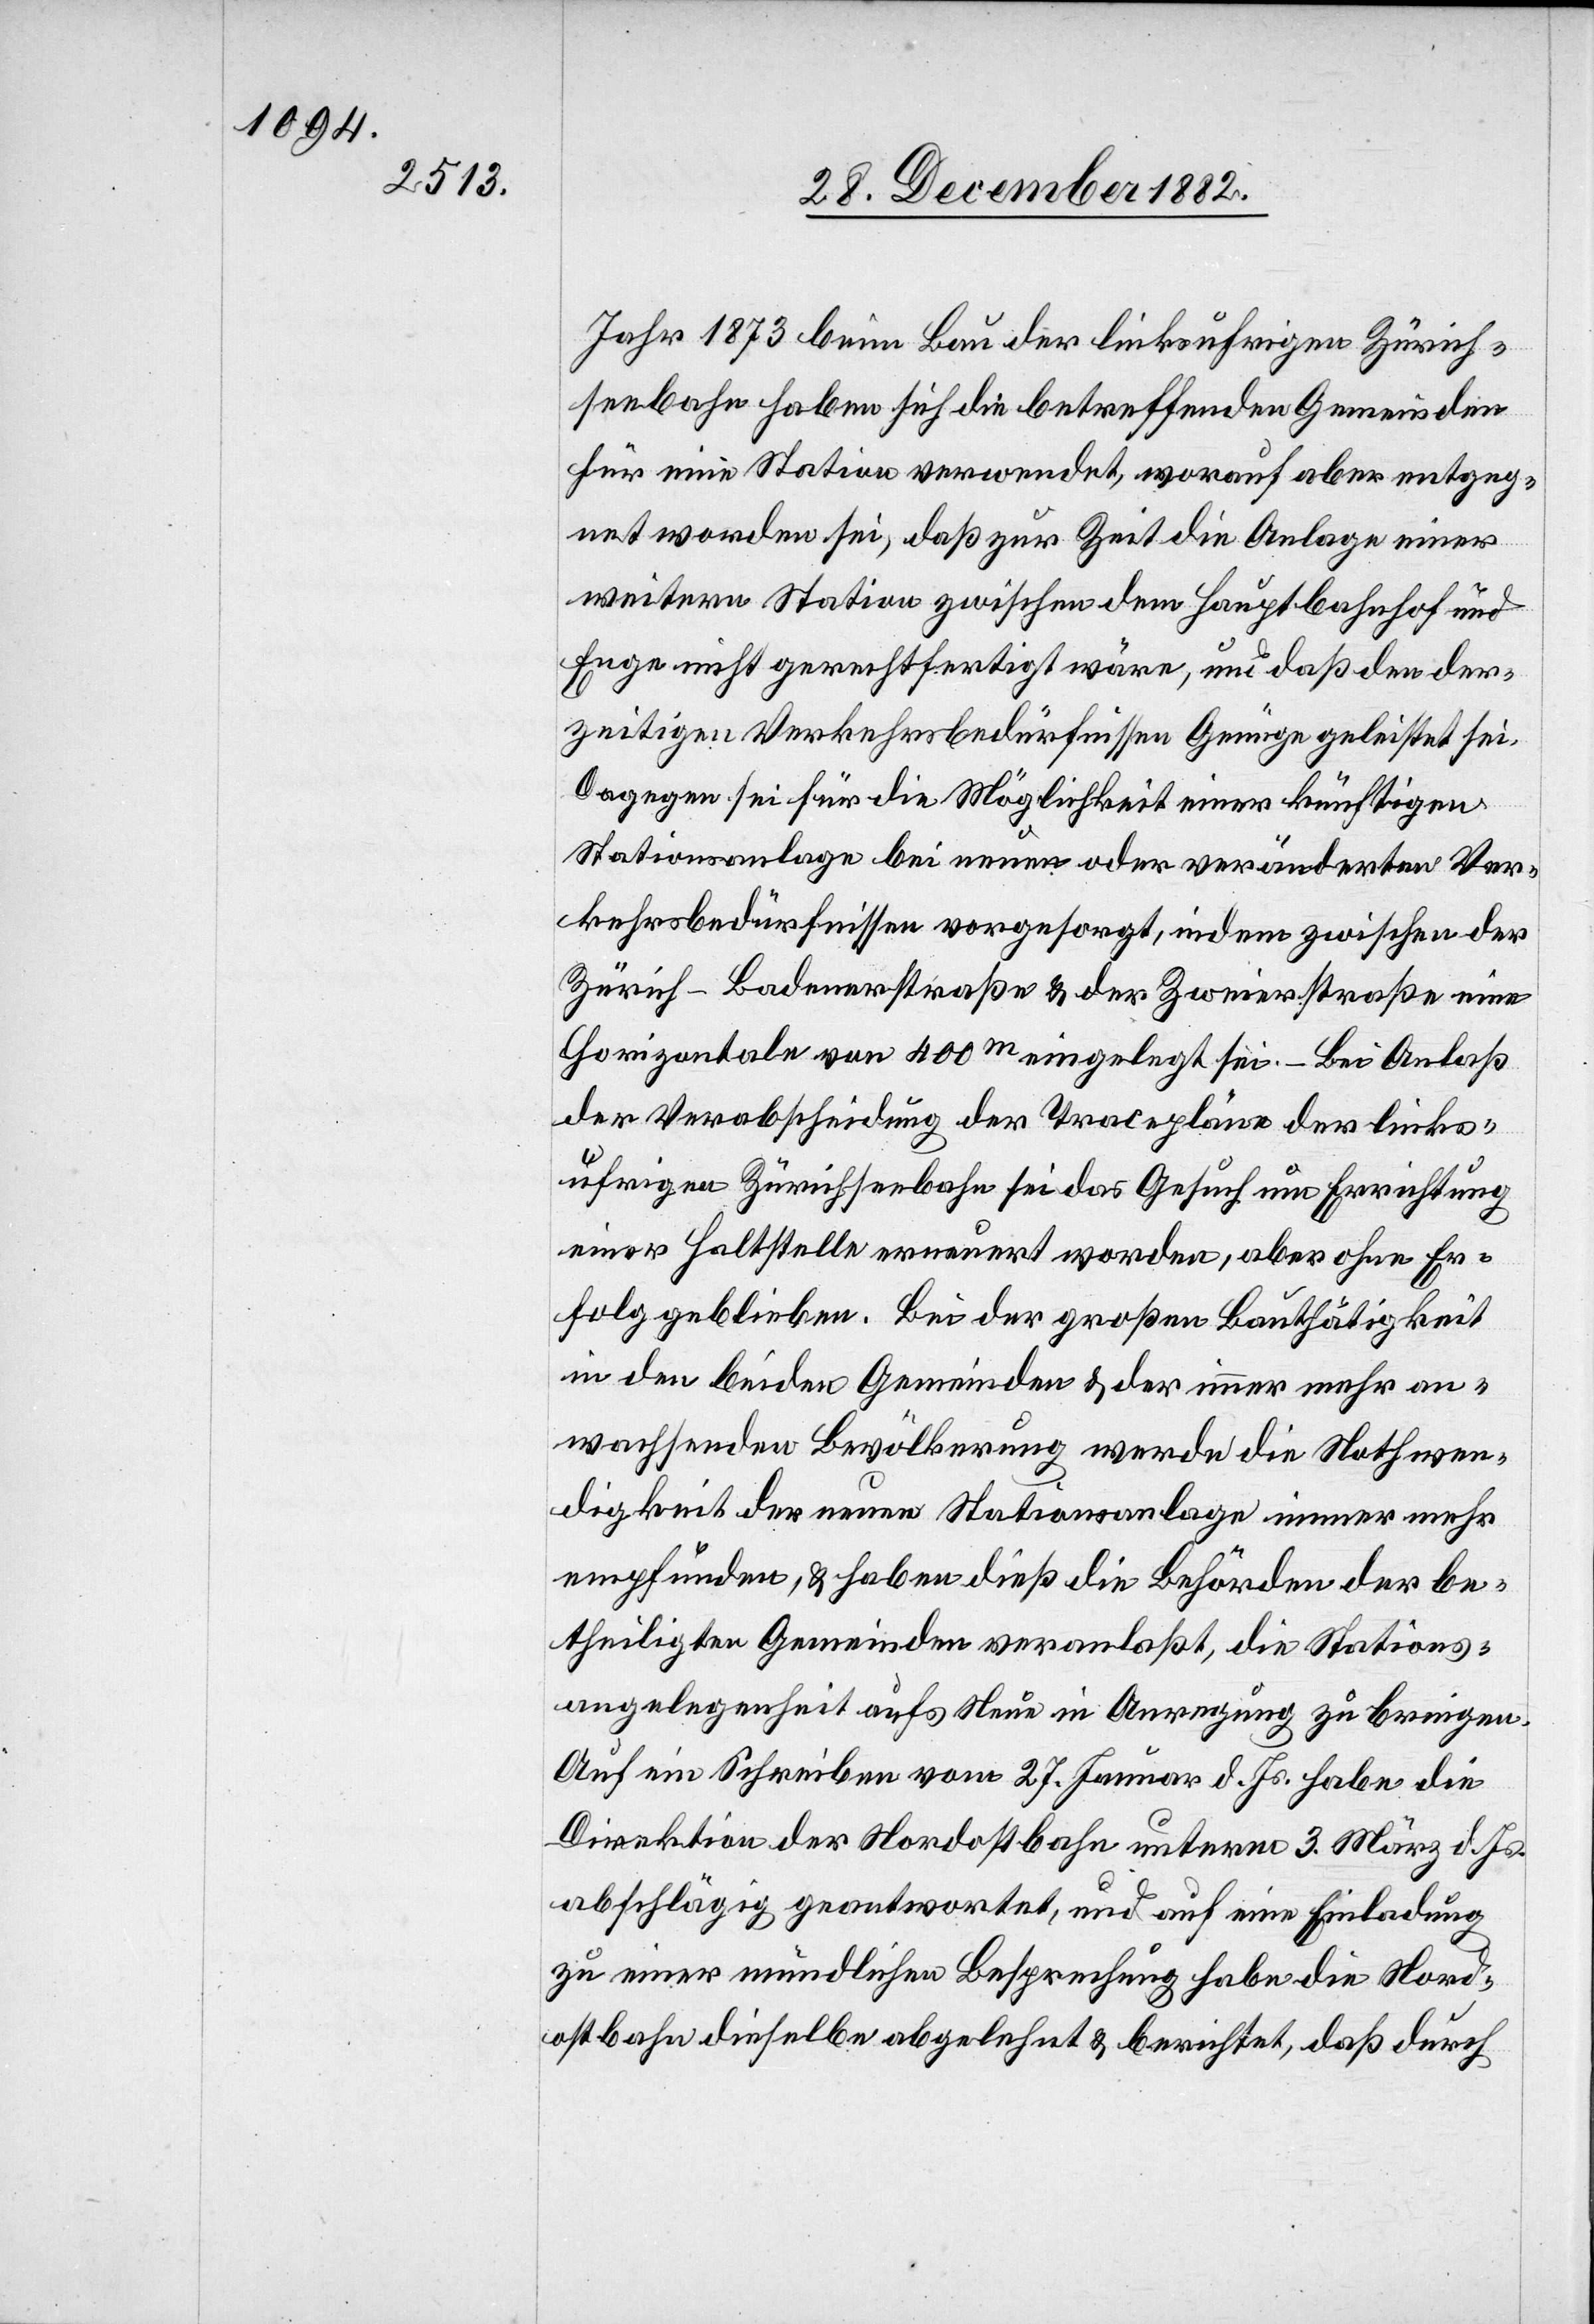
Jahr 1873 beim Bau der linksufrigen Zürich¬
seebahn haben sich die betreffenden Gemeinden
für eine Station verwendet, worauf aber entgeg¬
net worden sei, daß zur Zeit die Anlage einer
weitern Station zwischen dem Hauptbahnhof und
Enge nicht gerechtfertigt wäre, und daß den der¬
zeitigen Verkehrsbedürfnissen Genüge geleistet sei.
Dagegen sei für die Möglichkeit einer künftigen
Stationsanlage bei neuen oder veränderten Ver¬
kehrsbedürfnissen vorgesorgt, indem zwischen der
Zürich–Badenerstraße & der Zweierstraße eine
Horizontale von 400m eingelegt sei. – Bei Anlaß
Verabschiedung] der Tracepläne der links¬
ufrigen Zürichseebahn sei das Gesuch um Errichtung
einer Haltestelle erneuert worden, aber ohne Er¬
folg geblieben. Bei der großen Bauthätigkeit
in den beiden Gemeinden & der immer mehr an¬
wachsenden Bevölkerung werde die Nothwen¬
digkeit der neuen Stationsanlage immer mehr
empfunden, & habe dieß die Behörden der be¬
theiligten Gemeinden veranlaßt, die Stations¬
angelegenheit aufs Neue in Anregung zu bringen.
Auf ein Schreiben vom 27. Januar d. Js. habe die
Direktion der Nordostbahn unterm 3. März d. Js.
abschlägig geantwortet, und auf eine Einladung
zu einer mündlichen Besprechung habe die Nord¬
ostbahn dieselbe abgelehnt & berichtet, daß durch